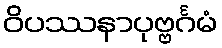
ဝိပဿနာပုဗ္ဗင်္ဂမံ